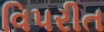
વિપરીત